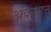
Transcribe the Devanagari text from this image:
अंकथात्तु